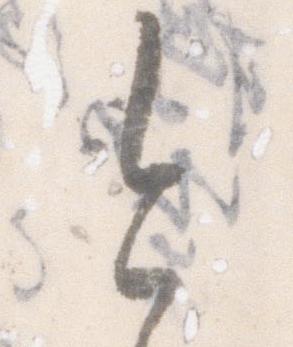
今